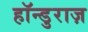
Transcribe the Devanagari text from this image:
हॉन्डुराज़